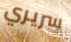
سريري